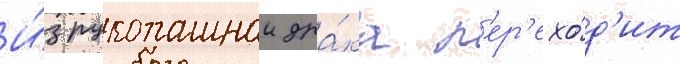
И́з рукопашнои дра́ка п'ер'ехо́д'ит